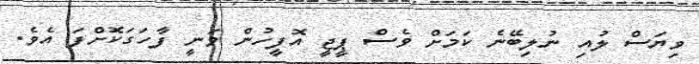
ވިޔަސް ލުއި ނުލިބޭނެ ކަމަށް ވެސް ޕީޖީ އޮފީހުން ވަނީ ފާހަގަކޮށްފަ އެވެ.